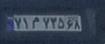
۷۱م۷۳۵۶۸